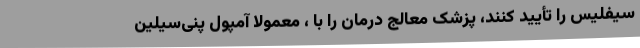
سیفلیس را تأیید کنند، پزشک معالج درمان را با ، معمولاً آمپول پنی‌سیلین